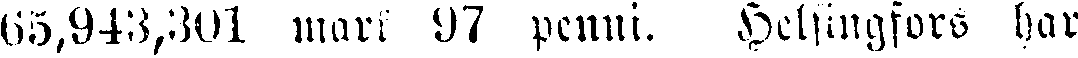
05,943,301 mark 97 penni. Helsingfors har